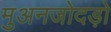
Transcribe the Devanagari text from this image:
मुअनजोदड़ो